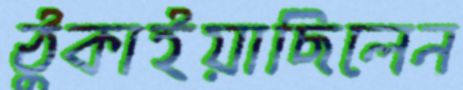
ঠুকাইয়াছিলেন